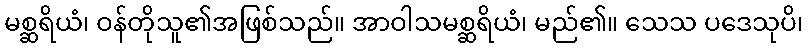
မစ္ဆရိယံ၊ ဝန်တိုသူ၏အဖြစ်သည်။ အာဝါသမစ္ဆရိယံ၊ မည်၏။ သေသ ပဒေသုပိ၊